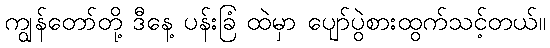
ကျွန်တော်တို့ ဒီနေ့ ပန်းခြံ ထဲမှာ ပျော်ပွဲစားထွက်သင့်တယ်။